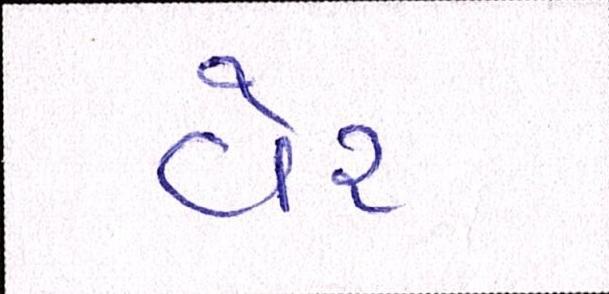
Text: વેર